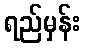
ရည်မှန်း